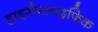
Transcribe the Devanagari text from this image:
हाइरौग्लाइफिक